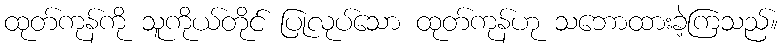
ထုတ်ကုန်ကို သူကိုယ်တိုင် ပြုလုပ်သော ထုတ်ကုန်ဟု သဘောထားခဲ့ကြသည်။